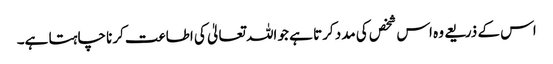
اس کے ذریعے وہ اس شخص کی مدد کرتا ہے جو اللہ تعالیٰ کی اطاعت کرنا چاہتا ہے۔